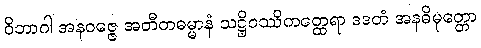
ဝိဘာဂါ အနဝဇ္ဇေ အတီတဓမ္မာနံ သဋ္ဌိဝဿိကတ္ထေရာ ဒဒတံ အနဓိမုတ္တော